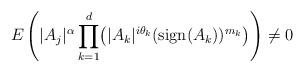
LaTeX: \begin{align*} E\left( |A_j|^\alpha \prod_{k=1}^d \bigl( |A_k|^{i\theta_k} ({\rm sign}(A_k))^{m_k}\bigr)\right) \not= 0 \end{align*}